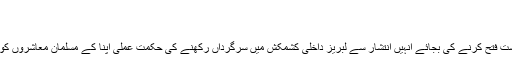
اسلم اعوان
By Daily Ilhaaq on دسمبر ۲۴, ۲۰۱۷ No Comment
حیرت انگیز طور پہ یورپ و امریکہ نے مسلم ملکوں کو براہ راست فتح کرنے کی بجائے انہیں انتشار سے لبریز داخلی کشمکش میں سرگرداں رکھنے کی حکمت عملی اپنا کے مسلمان معاشروں کو ایسے وبال میں مبتلا کر دیا ہے، جسکی مثال ڈھونڈنا مشکل ہے۔